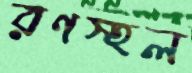
রণস্হল